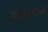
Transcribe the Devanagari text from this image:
मोजल्याचा